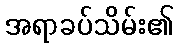
အရာခပ်သိမ်း၏